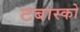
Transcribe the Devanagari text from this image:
टबास्को